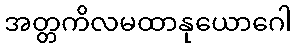
အတ္တကိလမထာနုယောဂေါ